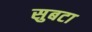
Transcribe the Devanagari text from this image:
सुबटा